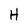
Character: H